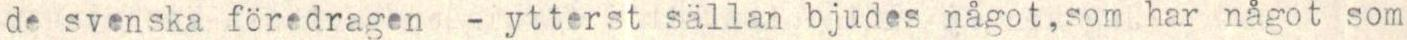
de svenska föredragen - ytterst sällan bjudes något,som har något som